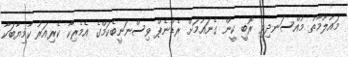
މައުލޫމާތު މުއްސަނދިވި ރޮބީ ކީން ގެނައުމަށް ރެޑްނެޕް ވިސްނަނީބެކަމްގެ އެމެރިކާ ކެރިއަރު ކާމިޔާބަކާ